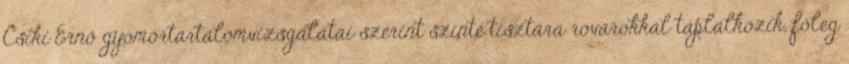
Csiki Ernő gyomortartalomvizsgálatai szerint szinte tisztára rovarokkal táplálkozik, főleg